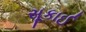
સૂકાઈ